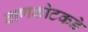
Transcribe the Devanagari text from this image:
बाणकोटकडे